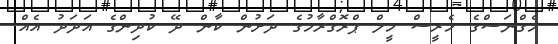
މެގްނަސްގެ މެރީސް މީލް ޕްރޮގްރާމުގެ ދަށުން ކާން ދޭ ކުދިންގެ އަދަދު އެއް